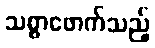
သစ္စာဖောက်သည့်